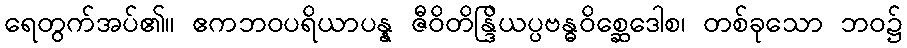
ရေတွက်အပ်၏။ ဧကဘဝပရိယာပန္န ဇီဝိတိန္ဒြိယပ္ပဗန္ဓဝိစ္ဆေဒေါစ၊ တစ်ခုသော ဘဝ၌